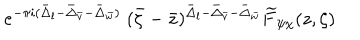
e ^ { - \pi i ( \bar { \Delta } _ { l } - \bar { \Delta } _ { \bar { v } } - \bar { \Delta } _ { \bar { w } } ) } \; ( \bar { \zeta } - \bar { z } ) ^ { \bar { \Delta } _ { l } - \bar { \Delta } _ { \bar { v } } - \bar { \Delta } _ { \bar { w } } } \widetilde { F } _ { \psi \chi } ( z , \zeta )